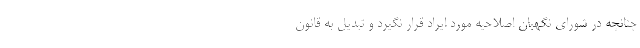
چنانچه در شورای نگهبان اصلاحیه مورد ایراد قرار نگیرد و تبدیل به قانون